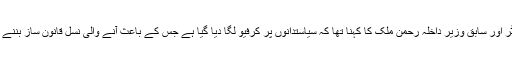
اس موقع پر سینیٹر اور سابق وزیر داخلہ رحمٰن ملک کا کہنا تھا کہ سیاستدانوں پر کرفیو لگا دیا گیا ہے جس کے باعث آنے والی نسل قانون ساز بننے سے کترائے گی۔